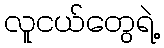
လူငယ်တွေရဲ့